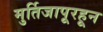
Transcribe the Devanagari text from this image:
मुर्तिजापूरहून